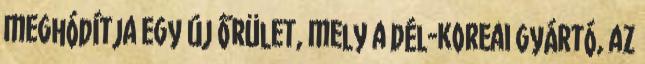
meghódítja egy új őrület, mely a dél-koreai gyártó, az